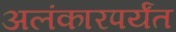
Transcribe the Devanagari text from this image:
अलंकारपर्यंत